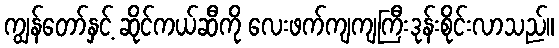
ကျွန်တော်နှင့် ဆိုင်ကယ်ဆီကို လေးဖက်ကျကျကြီးဒုန်းစိုင်းလာသည်။